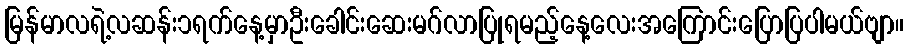
မြန်မာလရဲ့လဆန်း၁ရက်နေ့မှာဦးခေါင်းဆေးမဂ်လာပြုရမည့်နေ့လေးအကြောင်းပြောပြပါမယ်ဗျာ။